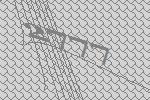
2777